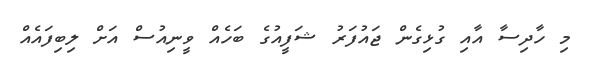
މި ހާދިސާ އާއި ގުޅިގެން ޖައުފަރު ޝަފީއުގެ ބަހެއް ވީނިއުސް އަށް ލިބިފައެއް